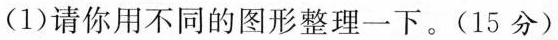
(1)请你用不同的图形整理一下。(15分)